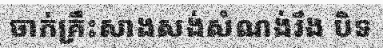
ចាក់គ្រឹះសាងសង់សំណង់រឹង បិទ